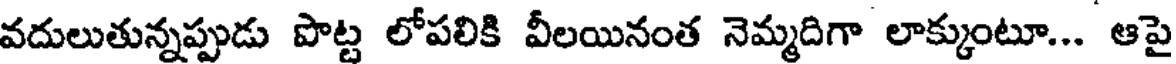
వదులుతున్నప్పుడు పొట్ట లోపలికి వీలయినంత నెమ్మదిగా లాక్కుంటూ... ఆపై